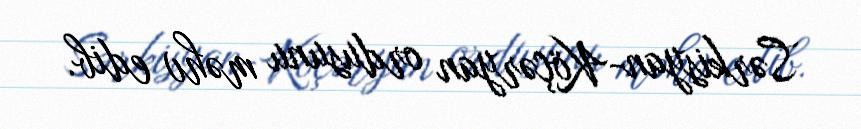
Sərkisyan-Köçəryan ordusunu məhv edib.